system: You are a helpful assistant.
user:
Analyze the provided spectrum to determine if it is a **M-type Giant (gM)**.

A M-type Giant spectrum is defined by its **strong molecular absorption** features, particularly from **Titanium Oxide (TiO)**. You must check for one of the following mutually exclusive signatures:

- **Key Visual Indicators (Absorption-Dominated Spectrum):**

    - **(Primary):** The spectrum is dominated by strong molecular absorption from **Titanium Oxide (TiO)**. This is the **defining feature** of its M-type temperature class.
        - **(Key Bandheads):** Look for sharp, "saw-tooth" absorption valleys. The strongest are located near **~7050 Å**, **~6160 Å**, and **~5170 Å**.
        - **(Line Profile):** The "saw-tooth" morphology is critical: a **sharp, steep drop on the BLUE (short-wavelength) side** of the bandhead, followed by a gradual recovery (rising flux) towards the RED (long-wavelength) side.

    - **(Key Confirmation - Giant vs. Dwarf):** **ABSENCE** of strong **Calcium Hydride (CaH)** molecular bands. This is the primary diagnostic for *excluding* M-dwarfs.
        - **(Key Region):** The spectrum should lack the strong, broad absorption band seen in dwarfs between **~6800 Å and ~7000 Å**.

    - **(Secondary Confirmation - Giant):** A very strong and broad **Neutral Calcium (Ca I)** atomic absorption line.
        - **(Key Line):** Located at **~4226 Å**. In a giant (gM), this line is significantly deeper and broader than the same line in an M-dwarf (dM) due to low surface gravity.

    - **(Overall Spectrum):**
        - The continuum is **extremely red-sloping** (i.e., flux is very low in the blue and rises dramatically towards the red).
        - The entire spectrum appears "chopped up" by the deep TiO bands.

Think first, call **spectral_visualization_tool** if needed to examine features in detail, then provide your final answer. Your response must adhere to the following strict rules:
1.  **Overall Structure:** Your response must follow the format `<think>...</think> <tool_call>...</tool_call> (if a tool is used) <answer>...</answer>`.
2.  **Tool Usage Constraint:** You may only make **one** tool call per turn.
3.  **Final Answer Format:** In the `<answer>` tag, your conclusion must be inside a `\boxed{}` command (e.g., `\boxed{YES}` or `\boxed{NO}`), followed by your justification.

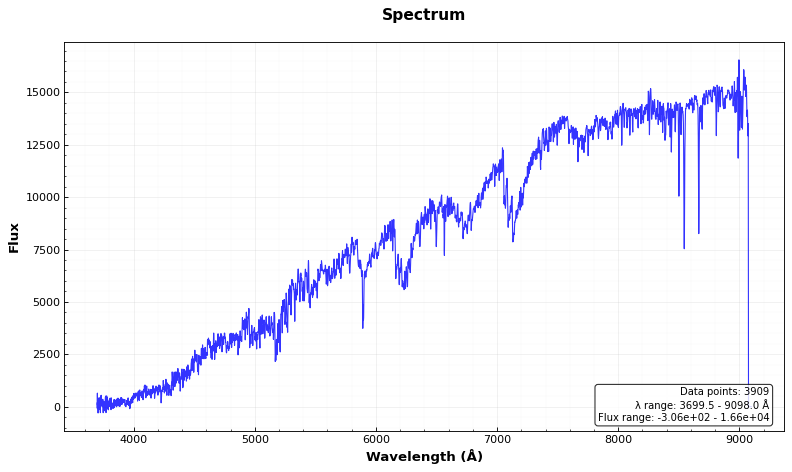
Answer: YES